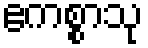
ဧကစ္စာသု